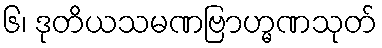
၆၊ ဒုတိယသမဏဗြာဟ္မဏသုတ်